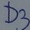
Text: D3